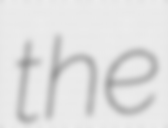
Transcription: the